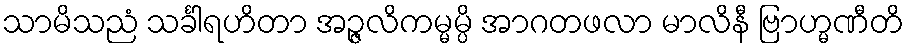
သာမိသညံ သင်္ခါရဟိတာ အဉ္ဇလိကမ္မမ္ပိ အာဂတဖလာ မာလိနီ ဗြာဟ္မဏီတိ